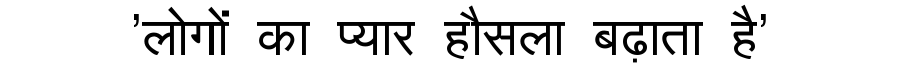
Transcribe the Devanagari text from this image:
'लोगों का प्यार हौसला बढ़ाता है'